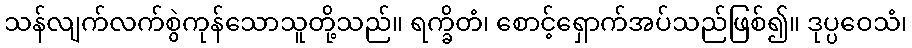
သန်လျက်လက်စွဲကုန်သောသူတို့သည်။ ရက္ခိတံ၊ စောင့်ရှောက်အပ်သည်ဖြစ်၍။ ဒုပ္ပဝေသံ၊